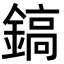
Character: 鎬